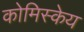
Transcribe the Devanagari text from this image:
कोमिस्केय